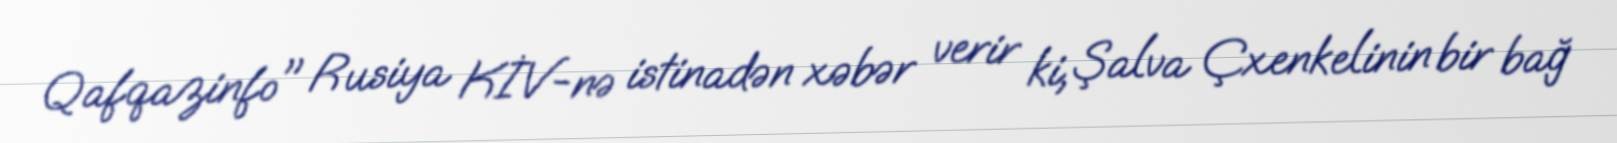
Qafqazinfo" Rusiya KİV-nə istinadən xəbər verir ki, Şalva Çxenkelinin bir bağ